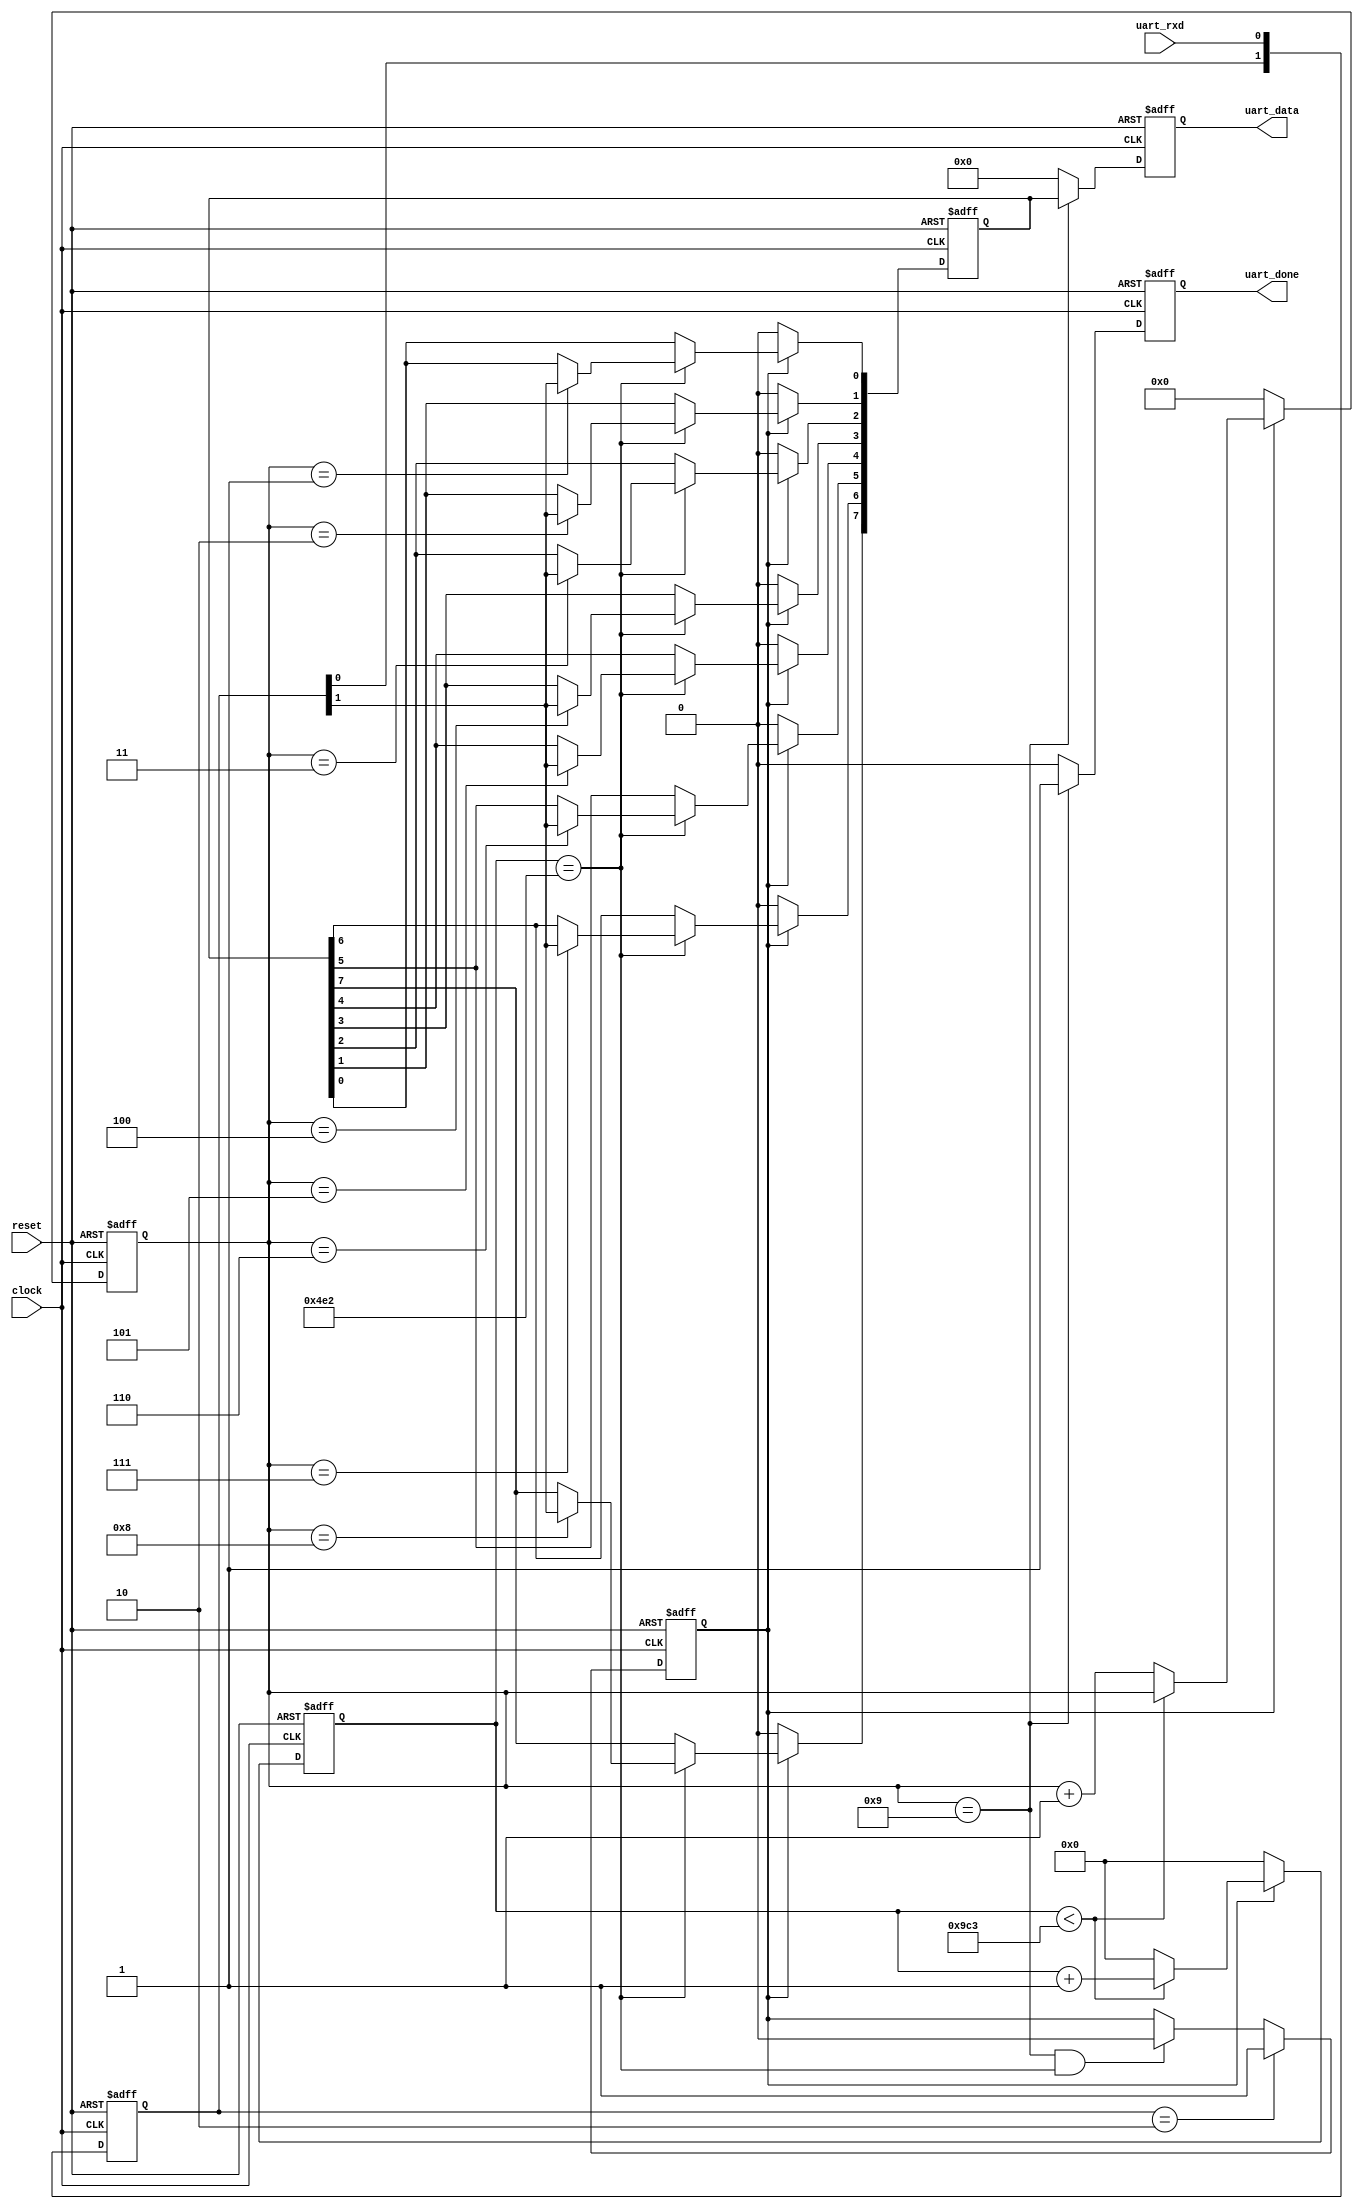
`timescale 1ns / 1ps
//////////////////////////////////////////////////////////////////////////////////
// Company: 
// Engineer: 
// 
// Design Name:LTY 
// Module Name: rx
// Project Name: 
// Target Devices: 
// Tool Versions: 
// Description:  rewrite rx\ fix some bug
// 
// Dependencies: 
// 
// Revision:
// Revision 0.01 - File Created
// Additional Comments:
// 
//////////////////////////////////////////////////////////////////////////////////


module rx
(
    input			  clock,
    input             reset,
    
    input             uart_rxd,
    output  reg       uart_done,
    output  reg [7:0] uart_data
);
    
//parameter define
parameter  CLK_FREQ = 24000000;
parameter  UART_BPS = 9600;
localparam BPS_CNT  = CLK_FREQ/UART_BPS;


reg [1:0]  uart_rxd_sync;
reg [15:0] clk_cnt;
reg [ 3:0] rx_cnt;
reg        rx_flag;
reg [ 7:0] rxdata;

wire       start_flag;


always @(posedge clock or negedge reset)
begin 
    if (reset==0)
        uart_rxd_sync <= 2'b00;
    else
        uart_rxd_sync <= {uart_rxd_sync[0],uart_rxd};
end

assign  start_flag = (uart_rxd_sync == 2'b10);


always @(posedge clock or negedge reset)
begin
    if (reset==0)
        rx_flag <= 1'b0;
    else
	begin
        if(start_flag)
            rx_flag <= 1'b1;
        else if((rx_cnt == 4'd9)&&(clk_cnt == BPS_CNT/2))
            rx_flag <= 1'b0;
        else
            rx_flag <= rx_flag;
    end
end


always @(posedge clock or negedge reset)
begin
    if (reset==0)
	begin
        clk_cnt <= 16'd0;
        rx_cnt  <= 4'd0;
    end
    else if ( rx_flag )
	begin
            if (clk_cnt < BPS_CNT - 1)
			begin
                clk_cnt <= clk_cnt + 1'b1;
                rx_cnt  <= rx_cnt;
            end
            else
			begin
                clk_cnt <= 16'd0;
                rx_cnt  <= rx_cnt + 1'b1;
            end
    end
	else
	begin
		clk_cnt <= 16'd0;
		rx_cnt  <= 4'd0;
	end
end


always @(posedge clock or negedge reset)
begin 
    if (reset==0)
        rxdata <= 8'd0;
    else if(rx_flag)
        if (clk_cnt == BPS_CNT/2)
		begin
            case ( rx_cnt )
             4'd1 : rxdata[0] <= uart_rxd_sync[1];
             4'd2 : rxdata[1] <= uart_rxd_sync[1];
             4'd3 : rxdata[2] <= uart_rxd_sync[1];
             4'd4 : rxdata[3] <= uart_rxd_sync[1];
             4'd5 : rxdata[4] <= uart_rxd_sync[1];
             4'd6 : rxdata[5] <= uart_rxd_sync[1];
             4'd7 : rxdata[6] <= uart_rxd_sync[1];
             4'd8 : rxdata[7] <= uart_rxd_sync[1];
             default:;
            endcase
        end
        else
            rxdata <= rxdata;
    else
        rxdata <= 8'd0;
end


always @(posedge clock or negedge reset)
begin
    if (reset==0)
	begin
        uart_data <= 8'd0;
        uart_done <= 1'b0;
    end
    else if(rx_cnt == 4'd9)
	begin
        uart_data <= rxdata;
        uart_done <= 1'b1;
    end
    else
	begin
        uart_data <= 8'd0;
        uart_done <= 1'b0;
    end
end

endmodule